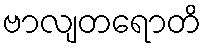
ဗာလျတရောတိ